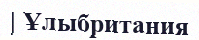
| Ұлыбритания